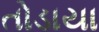
તોડાયા